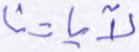
لآياتنا